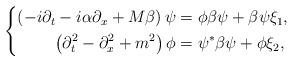
LaTeX: \begin{align*}\left \{\begin{aligned}\left( -i \partial_t - i\alpha\partial_x + M\beta \right) \psi&=\phi \beta \psi+\beta \psi \xi_1,\\\left( \partial_t^2-\partial_x^2 + m^2 \right) \phi&=\psi^* \beta \psi+\phi \xi_2,\end{aligned}\right.\end{align*}